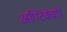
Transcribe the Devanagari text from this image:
अण्टिक्वेरी